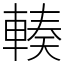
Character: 輳